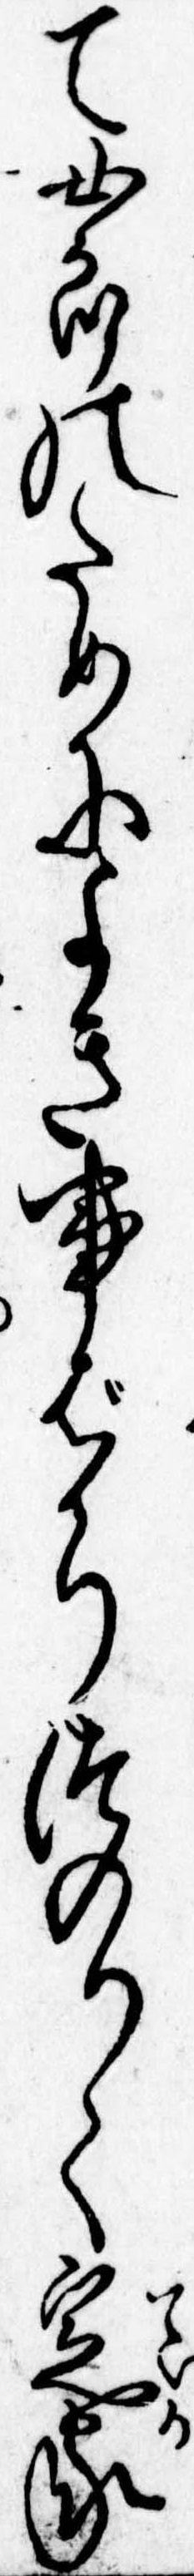
て女郎のためによき事ばかりつのりて定家